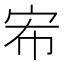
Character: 𭓤